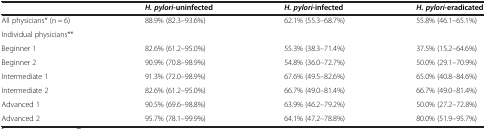
<table><thead><tr><td><b> </b></td><td><b><i>H. pylori</i>-uninfected</b></td><td><b><i>H. pylori</i>-infected</b></td><td><b><i>H. pylori</i>-eradicated</b></td></tr></thead><tbody><tr><td>All physicians* (n = 6)</td><td>88.9% (82.3–93.6%)</td><td>62.1% (55.3–68.7%)</td><td>55.8% (46.1–65.1%)</td></tr><tr><td>Individual physicians**</td><td> </td><td> </td><td> </td></tr><tr><td>Beginner 1</td><td>82.6% (61.2–95.0%)</td><td>55.3% (38.3–71.4%)</td><td>37.5% (15.2–64.6%)</td></tr><tr><td>Beginner 2</td><td>90.9% (70.8–98.9%)</td><td>54.8% (36.0–72.7%)</td><td>50.0% (29.1–70.9%)</td></tr><tr><td>Intermediate 1</td><td>91.3% (72.0–98.9%)</td><td>67.6% (49.5–82.6%)</td><td>65.0% (40.8–84.6%)</td></tr><tr><td>Intermediate 2</td><td>82.6% (61.2–95.0%)</td><td>66.7% (49.0–81.4%)</td><td>66.7% (49.0–81.4%)</td></tr><tr><td>Advanced 1</td><td>90.5% (69.6–98.8%)</td><td>63.9% (46.2–79.2%)</td><td>50.0% (27.2–72.8%)</td></tr><tr><td>Advanced 2</td><td>95.7% (78.1–99.9%)</td><td>64.1% (47.2–78.8%)</td><td>80.0% (51.9–95.7%)</td></tr></tbody></table>